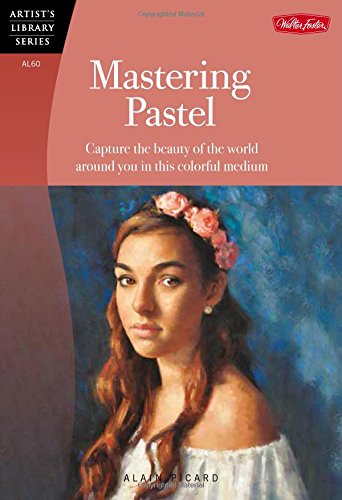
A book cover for Mastering Pastel: Capture the beauty of the world around you in this colorful medium (Artist's Library); Alain Picard; Arts & Photography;